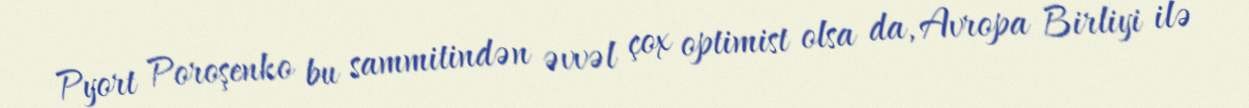
Pyort Poroşenko bu sammitindən əvvəl çox optimist olsa da, Avropa Birliyi ilə